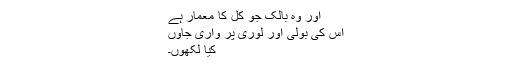
اور وہ بالک جو کل کا معمار ہے
اُس کی بولی اور لوری پر واری جاؤں
کیا لکھوں۔